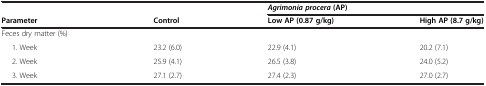
|  |  | <COLSPAN=2> Agrimonia procera(AP) |
 | Parameter | Control | Low AP (0.87 g/kg) | High AP (8.7 g/kg) |
 | --- | --- | --- | --- |
 | Feces dry matter (%) |  |  |  |
 | 1. Week | 23.2 (6.0) | 22.9 (4.1) | 20.2 (7.1) |
 | 2. Week | 25.9 (4.1) | 26.5 (3.8) | 24.0 (5.2) |
 | 3. Week | 27.1 (2.7) | 27.4 (2.3) | 27.0 (2.7) |